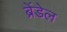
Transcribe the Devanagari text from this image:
ब्रेंडेल